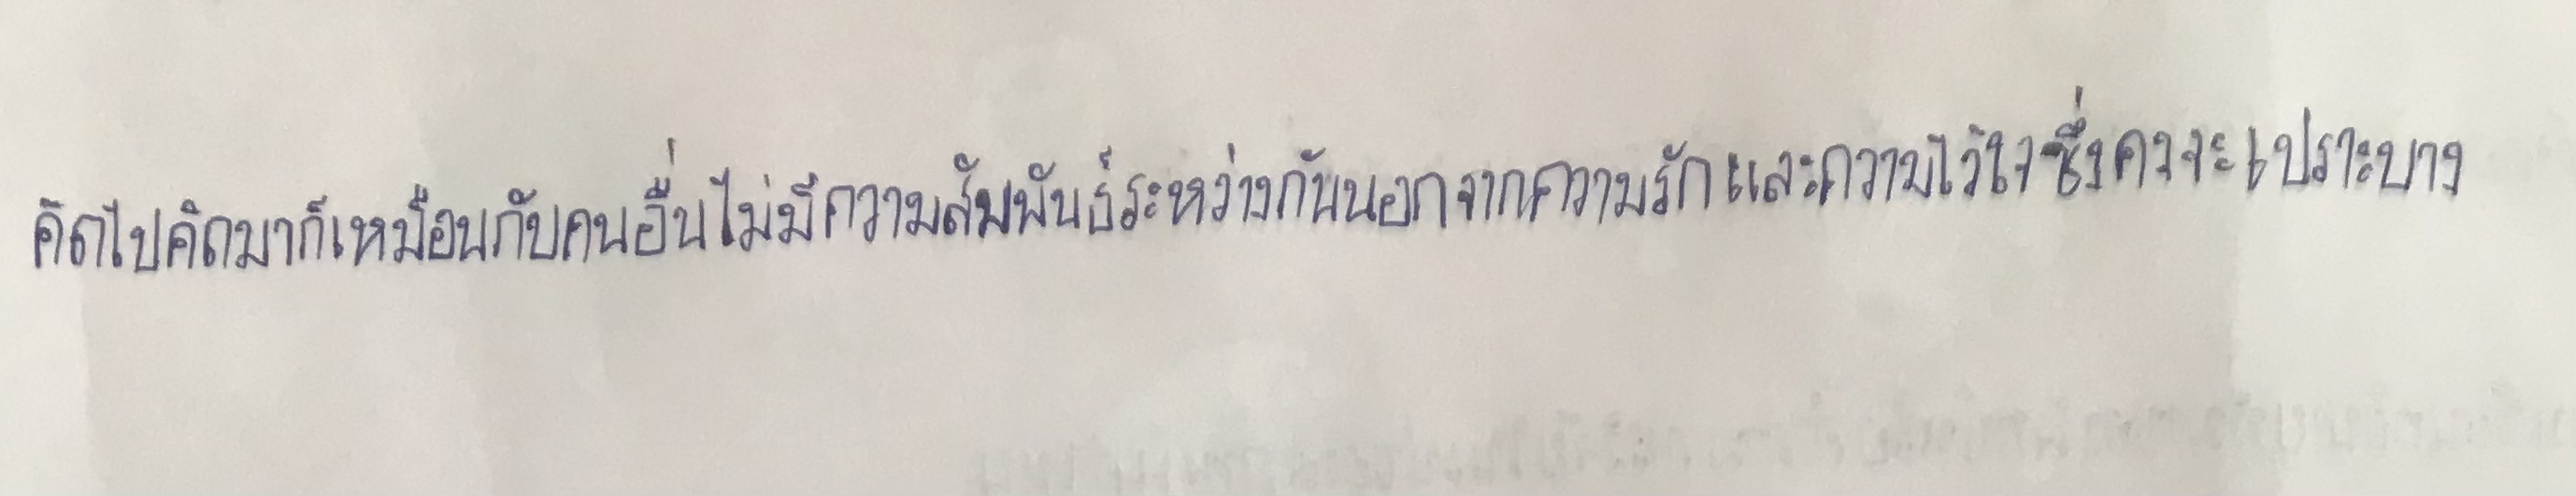
คิดไปคิดมาก็เหมือนกับคนอื่นไม่มีความสัมพันธ์ระหว่างกันนอกจากความรักและความไว้วางใจซึ่งคงจะเปราะบาง